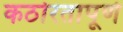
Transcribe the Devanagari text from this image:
कठोरतापूर्ण